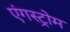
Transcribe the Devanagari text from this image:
एंगस्ट्रोम